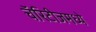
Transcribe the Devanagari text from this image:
चॅरिटीजमध्ये